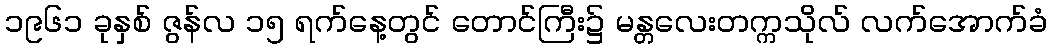
၁၉၆၁ ခုနှစ် ဇွန်လ ၁၅ ရက်နေ့တွင် တောင်ကြီး၌ မန္တလေးတက္ကသိုလ် လက်အောက်ခံ